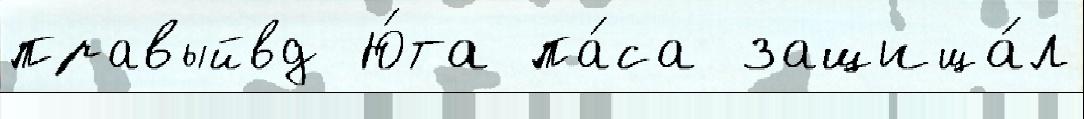
правыйвд Ю́та па́са защища́л